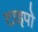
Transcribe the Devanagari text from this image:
टाइपो